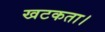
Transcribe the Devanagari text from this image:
खटकता।